system: You are a helpful assistant.
user:
Analyze the provided spectrum to determine if it is a **S-type Star**.

- **Key Indicators for S-type Star:**

    - **(Overall Spectrum Shape):** The first and most obvious characteristic is the overall continuum (the "baseline" shape). It is **extremely "red-sloping,"** meaning the flux (light intensity) is very low on the left side (blue, ~4000-4500 Å) and rises steeply and continuously toward the right side (red, ~7000 Å+).

    - **(Primary):** The spectrum is defined by the presence of strong, broad molecular absorption "valleys" (bands) from **Zirconium Oxide (ZrO)**. The identification of these bands is the **primary requirement** for classifying a star as S-type.
        - **(Key Bandheads):** You must find distinct, deep "dips" where the light has been absorbed. The most critical band systems to locate are:
            - **~6474 Å** ($\gamma$-system): This is often the strongest and clearest ZrO feature, found in the red part of the spectrum.
            - **~5718 Å** & **~5551 Å** ($\beta$-system): A pair of prominent absorption features in the yellow-orange part of the spectrum.
            - **~4640 Å** ($\alpha$-system): A key absorption band system in the blue-green region of the spectrum.

    - **(Secondary Confirmation):** The classification is strengthened by finding additional absorption bands from other related heavy element oxides, which are expected to be present alongside ZrO.
        - **(Key Bandheads):**
            - **Yttrium Oxide (YO):** Look for absorption dips near **~4800 Å** and **~6100 Å**.
            - **Lanthanum Oxide (LaO):** Additional absorption features, particularly in the red-orange part of the spectrum, are also characteristic.

    - **(Line Profile):** The combination of the steep red continuum and these numerous, deep molecular bands (ZrO, YO, etc.) gives the entire spectrum a very **"chopped-up"** or **"bumpy"** appearance. Instead of a smooth curve, the spectrum looks as though large, wide chunks of light have been "carved out" of it at the specific wavelengths listed above.

Think first, call **spectral_visualization_tool** if needed to examine features in detail, then provide your final answer. Your response must adhere to the following strict rules:
1.  **Overall Structure:** Your response must follow the format `<think>...</think> <tool_call>...</tool_call> (if a tool is used) <answer>...</answer>`.
2.  **Tool Usage Constraint:** You may only make **one** tool call per turn.
3.  **Final Answer Format:** In the `<answer>` tag, your conclusion must be inside a `\boxed{}` command (e.g., `\boxed{YES}` or `\boxed{NO}`), followed by your justification.

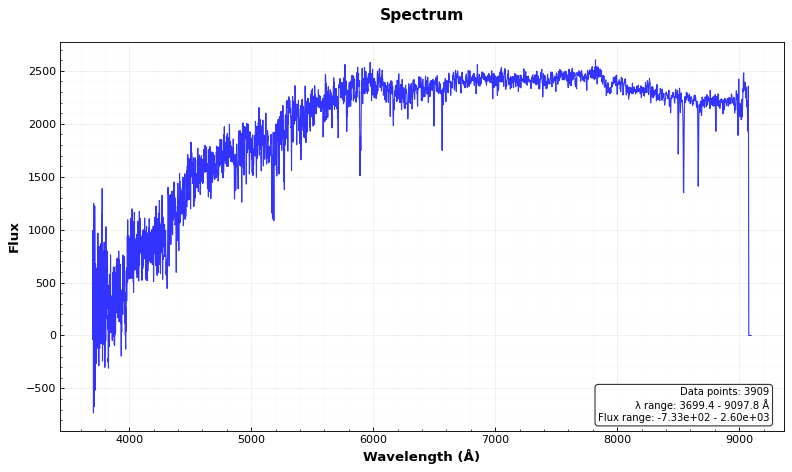
Answer: NO